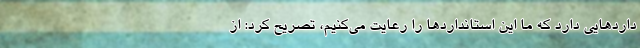
داردهایی دارد که ما این استانداردها را رعایت می‌کنیم، تصریح کرد: از